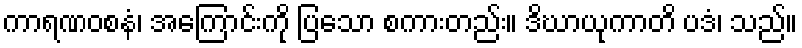
ကာရဏဝစနံ၊ အကြောင်းကို ပြသော စကားတည်း။ ဒိဃာယုကာတိ ပဒံ၊ သည်။